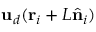
{ \mathbf { u } } _ { d } ( \mathbf { r } _ { i } + L \hat { \bf n } _ { i } )